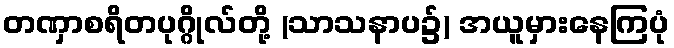
တဏှာစရိတပုဂ္ဂိုလ်တို့ (သာသနာပ၌) အယူမှားနေကြပုံ